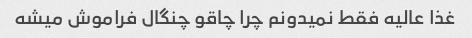
غذا عالیه فقط نمیدونم چرا چاقو چنگال فراموش میشه